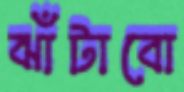
ঝাঁটাবো